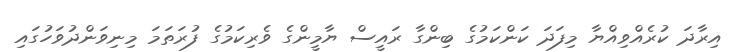
އިރާދަ ކުރެއްވިއްޔާ މިފަދަ ކަންކަމުގެ ބިންގާ ރައީސް ޔާމީންގެ ވެރިކަމުގެ ފުރަތަމަ މިނިވަންދުވަހުގައި